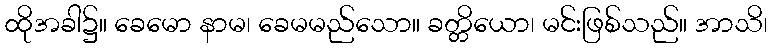
ထိုအခါ၌။ ခေမော နာမ၊ ခေမမည်သော။ ခတ္တိယော၊ မင်းဖြစ်သည်။ အာသိ၊